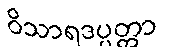
ဝိသာရဒပ္ပတ္တာ